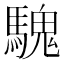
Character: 騩